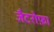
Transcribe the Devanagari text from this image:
जैटरोफ़ा